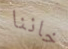
خاننا